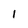
Character: 1